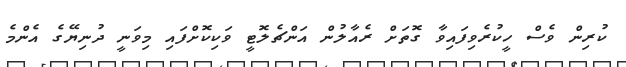
ކުރިން ވެސް ހީކުރެވިފައިވާ ގޮތަށް ރެއާލުން އަންޗެލޮޓީ ވަކިކޮށްފައި މިވަނީ ދުނިޔޭގެ އެންމެ